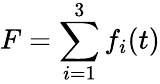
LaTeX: F=\sum_{i=1}^{3}f_{i}(t)